画像に写った文字を読んでください
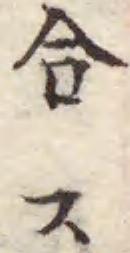
「合ス」と書いてあります